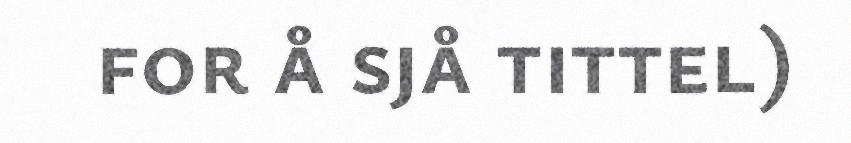
for å sjå tittel)